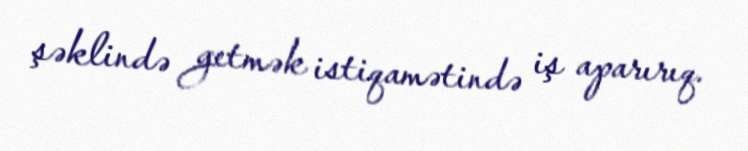
şəklində getmək istiqamətində iş aparırıq.